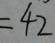
= 4 2